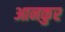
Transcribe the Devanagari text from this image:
आनकुर